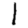
Digit: 1